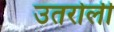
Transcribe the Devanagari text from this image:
उतरोली